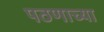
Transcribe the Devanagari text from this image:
पठणाच्या